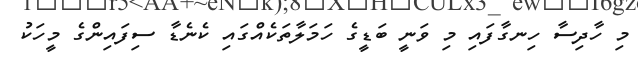
މި ހާދިސާ ހިނގާފައި މި ވަނީ ބަޑީގެ ހަމަލާތަކެއްގައި ކެނެޑާ ސިފައިންގެ މީހަކު